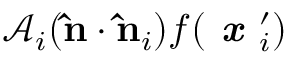
\mathcal { A } _ { i } ( \mathbf { \hat { n } } \cdot \mathbf { \hat { n } } _ { i } ) f ( \textbf { \em x } _ { i } ^ { \prime } )